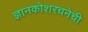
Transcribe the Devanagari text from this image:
ज्ञानकोशरचनेची